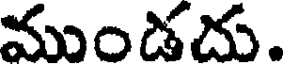
ముండదు.